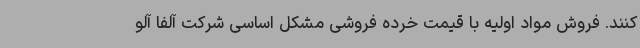
کنند. فروش مواد اولیه با قیمت خرده فروشی مشکل اساسی شرکت آلفا آلو